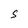
Character: S